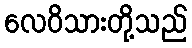
လေဝိသားတို့သည်